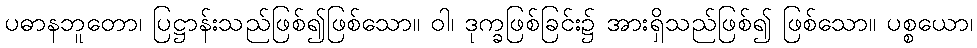
ပဓာနဘူတော၊ ပြဋ္ဌာန်းသည်ဖြစ်၍ဖြစ်သော။ ဝါ၊ ဒုက္ခဖြစ်ခြင်း၌ အားရှိသည်ဖြစ်၍ ဖြစ်သော။ ပစ္စယော၊